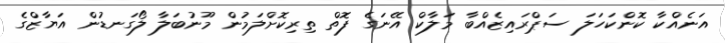
އަނެއްކާ ކޮންކަހަލަ ސަޕްރައިޒެއްބާ މަލާކް އޭނަގެ ފޮތް ތިރިކޮށްލަމުން މޫނުބަލާ ލޯގަނޑުން އަޔާޒްގެ